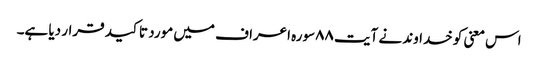
اس معنی کو خداوند نے آیت ٨٨سورہ اعراف میں مورد تاکید قرار دیا ہے۔